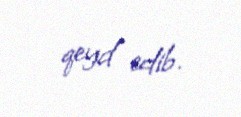
qeyd edib.